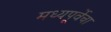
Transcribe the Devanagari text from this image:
मध्यपूर्वेचा